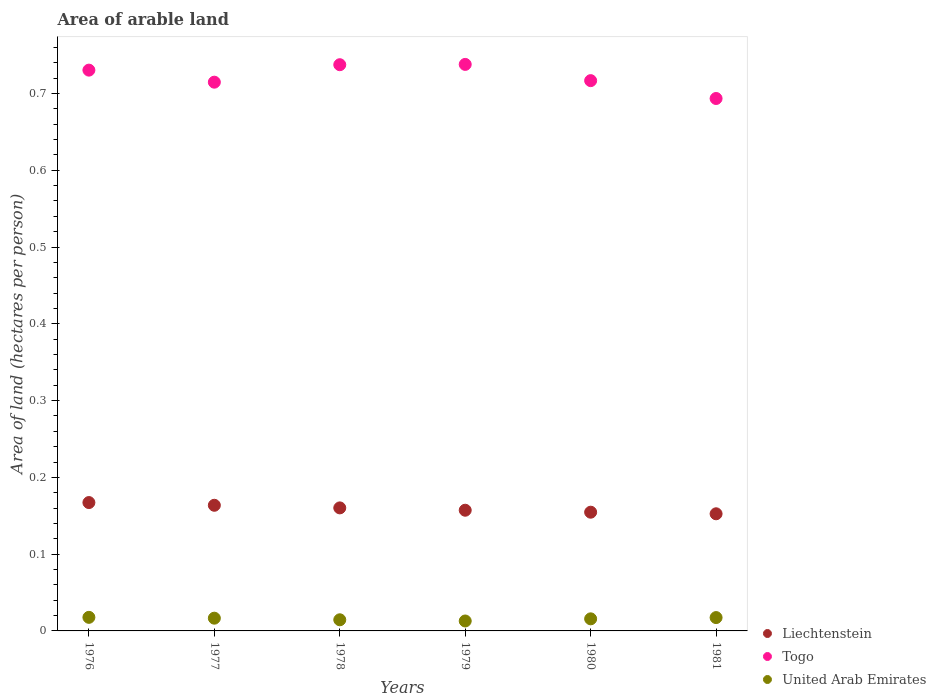
| Years | Liechtenstein | Togo | United Arab Emirates |
 | --- | --- | --- | --- |
 | 1976 | 0.167 | 0.73 | 0.0177 |
 | 1977 | 0.164 | 0.715 | 0.0166 |
 | 1978 | 0.16 | 0.737 | 0.0145 |
 | 1979 | 0.157 | 0.738 | 0.0129 |
 | 1980 | 0.155 | 0.717 | 0.0157 |
 | 1981 | 0.153 | 0.693 | 0.0174 |